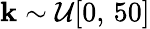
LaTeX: \mathbf{k}\sim\mathcal{{U}}[0,\, 50]